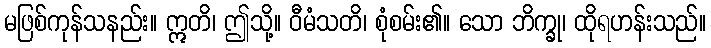
မဖြစ်ကုန်သနည်း။ ဣတိ၊ ဤသို့။ ဝီမံသတိ၊ စုံစမ်း၏။ သော ဘိက္ခု၊ ထိုရဟန်းသည်။